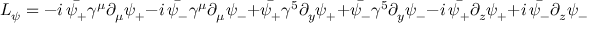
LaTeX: { \cal L } _ { \psi } = - i \, \bar { \psi _ { + } } \gamma ^ { \mu } \partial _ { \mu } \psi _ { + } - i \, \bar { \psi _ { - } } \gamma ^ { \mu } \partial _ { \mu } \psi _ { - } + \bar { \psi _ { + } } \gamma ^ { 5 } \partial _ { y } \psi _ { + } + \bar { \psi _ { - } } \gamma ^ { 5 } \partial _ { y } \psi _ { - } - i \, \bar { \psi _ { + } } \partial _ { z } \psi _ { + } + i \, \bar { \psi _ { - } } \partial _ { z } \psi _ { - } \, .